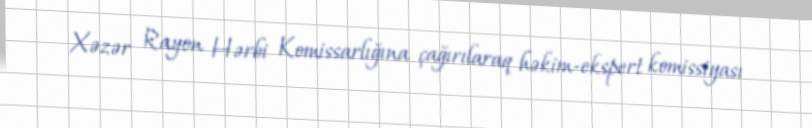
Xəzər Rayon Hərbi Komissarlığına çağırılaraq həkim-ekspert komissiyası